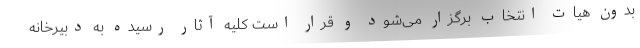
بدون هیات انتخاب برگزار می‌شود و قرار است کلیه آثار رسیده به دبیرخانه